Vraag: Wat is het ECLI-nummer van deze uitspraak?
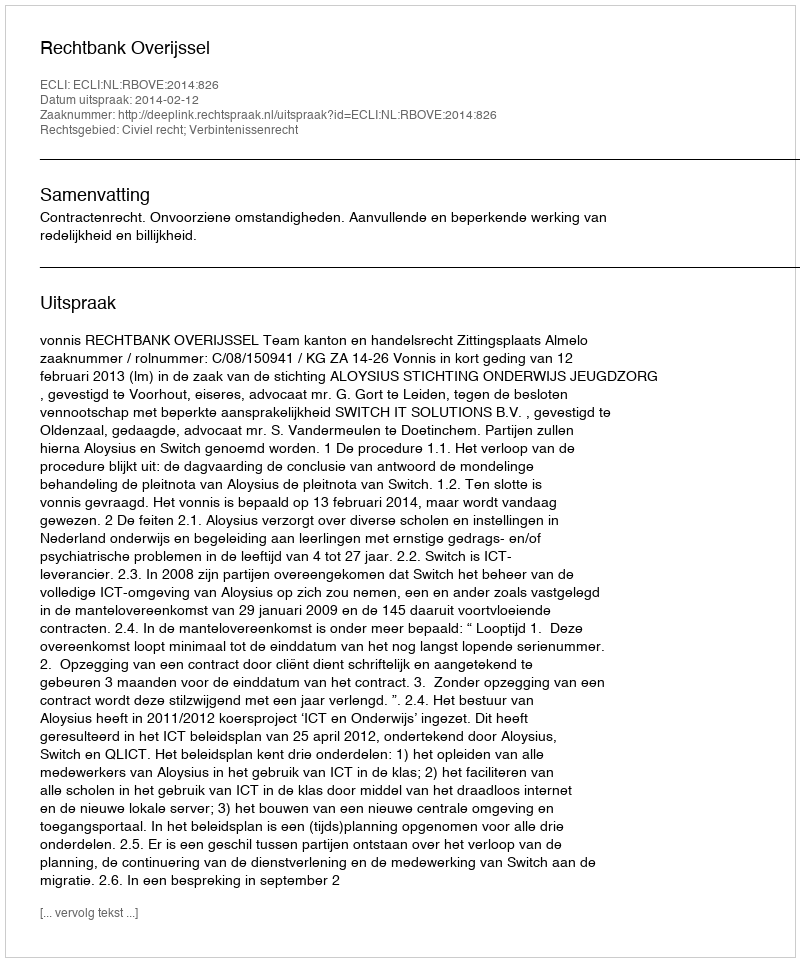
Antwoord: ECLI:NL:RBOVE:2014:826